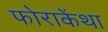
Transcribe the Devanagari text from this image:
फोराकेंथा